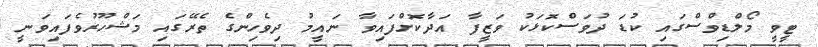
ޓީވީ މޯލްޑިވްސްގައި ކުޑަ ދުވަސްކޮޅަކު ވަޒީފާ އަދާކޮށްފައިވާ ނައީމު ދިވެހިންގެ ތެރޭގައި މަޝްހޫރުވެފައިވަނީ